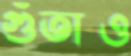
গুঁতাও